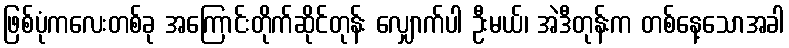
ဖြစ်ပုံကလေးတစ်ခု အကြောင်းတိုက်ဆိုင်တုန်း လျှောက်ပါ ဦးမယ်၊ အဲဒီတုန်းက တစ်နေ့သောအခါ